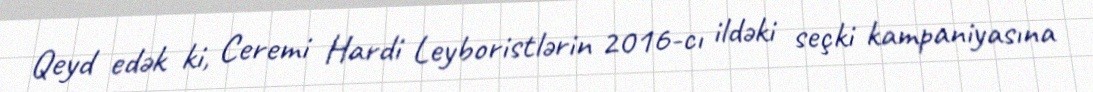
Qeyd edək ki, Ceremi Hardi Leyboristlərin 2016-cı ildəki seçki kampaniyasına